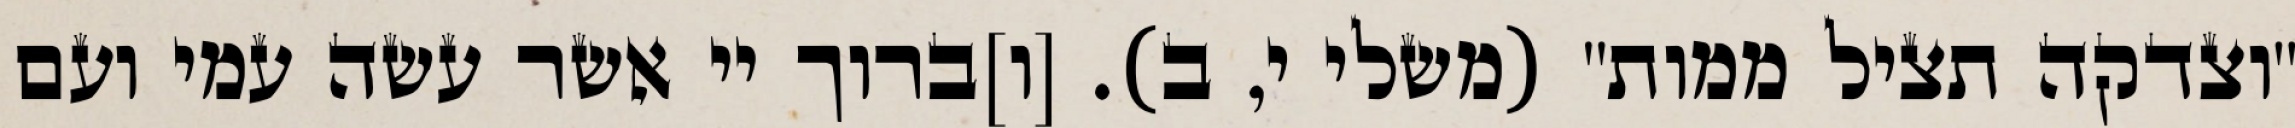
"וצדקה תציל ממות" (משלי י, ב). [ו]ברוך יי אשר עשה עמי ועם